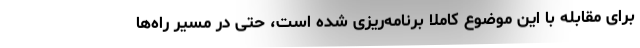
برای مقابله با این موضوع کاملا برنامه‌ریزی شده است، حتی در مسیر راه‌ها